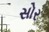
સોર